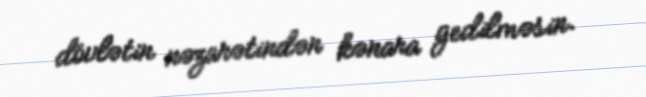
dövlətin nəzarətindən kənara gedilməsin.